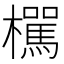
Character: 𣟭